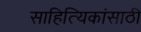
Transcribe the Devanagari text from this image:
साहित्यिकांसाठी